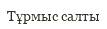
Тұрмыс салты